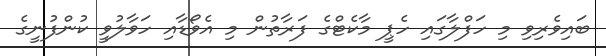
ބައިވެރިވި މި ހަފްލާގައި ހެޕީ މާކެޓްގެ ފަރާތުން މި އެވޯޑާއި ހަވާލުވީ ކުންފުނީގެ